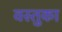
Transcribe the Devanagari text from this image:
वस्‍तुका